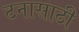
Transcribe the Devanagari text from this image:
टनासाठी